Lunatic asylums in Bengal annual reports 1899-1911 - 1899-1911
Year: 1899
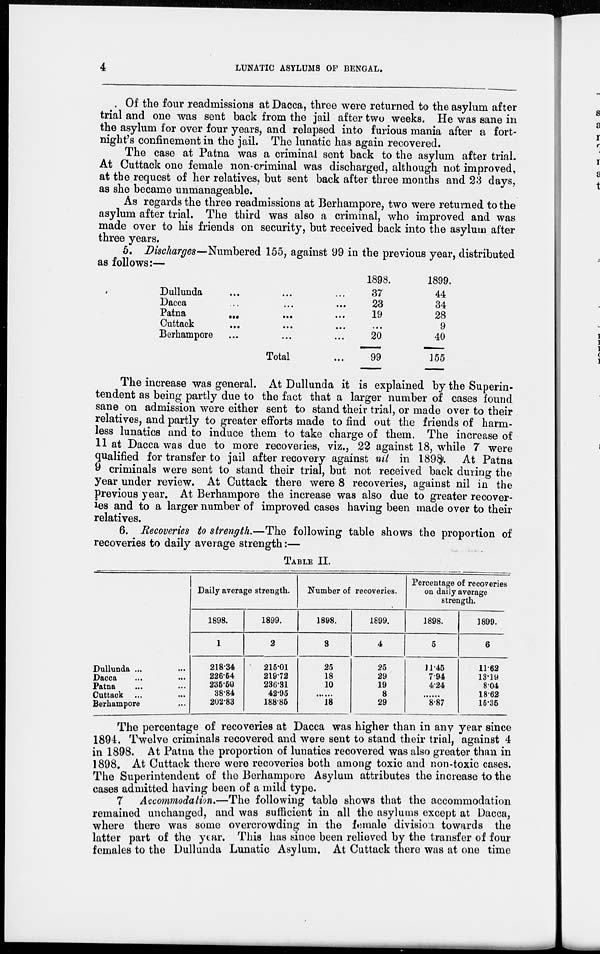
4
LUNATIC ASYLUMS OF BENGAL.
Of the four readmissions at Dacca, three were returned to the asylum after
trial and one was sent back from the jail after two weeks. He was sane in
the asylum for over four years, and relapsed into furious mania after a fort-
night's confinement in the jail. The lunatic has again recovered.
The case at Patna was a criminal sent back to the asylum after trial.
At Cuttack one female non-criminal was discharged, although not improved,
at the request of her relatives, but sent back after three months and 23 days,
as she became unmanageable.
As regards the three readmissions at Berhampore, two were returned to the
asylum after trial. The third was also a criminal, who improved and was
made over to his friends on security, but received back into the asylum after
three years.
5. Discharges—Numbered 155, against 99 in the previous year, distributed
as follows:—
Dullunda ... ... ...
Dacca ... ... ...
Patna
...
...
...
Cuttack ... ... ...
Berhampore ... ... ...
Total ...
1898.
37
23
19
...
20
99
1899.
44
34
28
9
40
155
The increase was general. At Dullunda it is explained by the Superin-
tendent as being partly due to the fact that a larger number of cases found
sane on admission were either sent to stand their trial, or made over to their
relatives, and partly to greater efforts made to find out the friends of harm-
less lunatics and to induce them to take charge of them. The increase of
11 at Dacca was due to more recoveries, viz., 22 against 18, while 7 were
qualified for transfer to jail after recovery against nil in 1898. At Patna
9 criminals were sent to stand their trial, but not received back during the
year under review. At Cuttack there were 8 recoveries, against nil in the
previous year. At Berhampore the increase was also due to greater recover-
ies and to a larger number of improved cases having been made over to their
relatives.
6. Recoveries to strength.—The following table shows the proportion of
recoveries to daily average strength:—
TABLE II.
Dullunda. ...
...
Dacca
...
...
Patna
...
...
Cuttack ...
...
Berhampore ...
Daily average strength.
1898.
1
218.34
226.54
235.50
38.84
202.83
1899.
2
215.01
219.72
236.31
42.95
188.85
Number of recoveries.
1898.
3
25
18
10
......
18
1899.
4
25
29
19
8
29
Percentage of recoveries
on daily average
strength.
1898.
5
11.45
7.94
4.24
......
8.87
1899.
6
11.62
13.19
8.04
18.62
15.35
The percentage of recoveries at Dacca was higher than in any year since
1894. Twelve criminals recovered and were sent to stand their trial, against 4
in 1898. At Patna the proportion of lunatics recovered was also greater than in
1898. At Cuttack there were recoveries both among toxic and non-toxic cases.
The Superintendent of the Berhampore Asylum attributes the increase to the
cases admitted having been of a mild type.
7 Accommodation.—The following table shows that the accommodation
remained unchanged, and was sufficient in all the asylums except at Dacca,
where there was some overcrowding in the female division towards the
latter part of the year. This has since been relieved by the transfer of four
females to the Dullunda Lunatic Asylum. At Cuttack there was at one time